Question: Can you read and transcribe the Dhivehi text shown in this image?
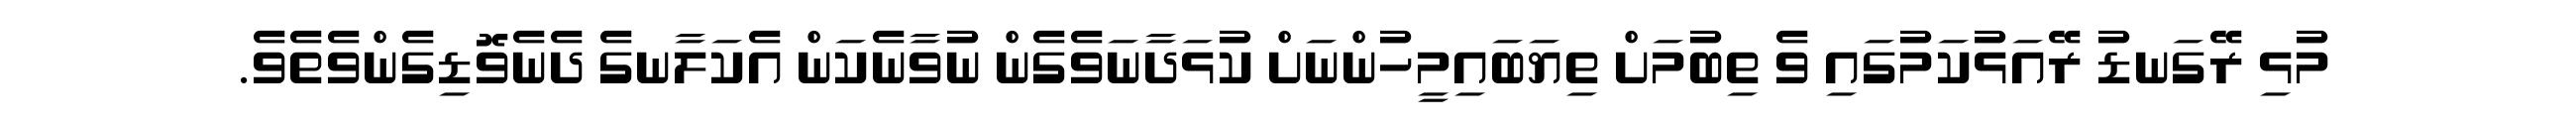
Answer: މުޅި ރޭގަނޑު ރޭއަޅުކަމުގައި ވެ ތިބުމަށް ތިޔަބައިމީހުންނަށް ކުޅަދާނަވެގެން ނުވާނެކަން އެކަލާނގެ ދެނެވޮޑިގެންވެތެވެ.